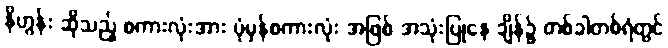
နိဟွန်း ဆိုသည့် စကားလုံးအား ပုံမှန်စကားလုံး အဖြစ် အသုံးပြုနေ ချိန်၌ တစ်ခါတစ်ရံတွင်